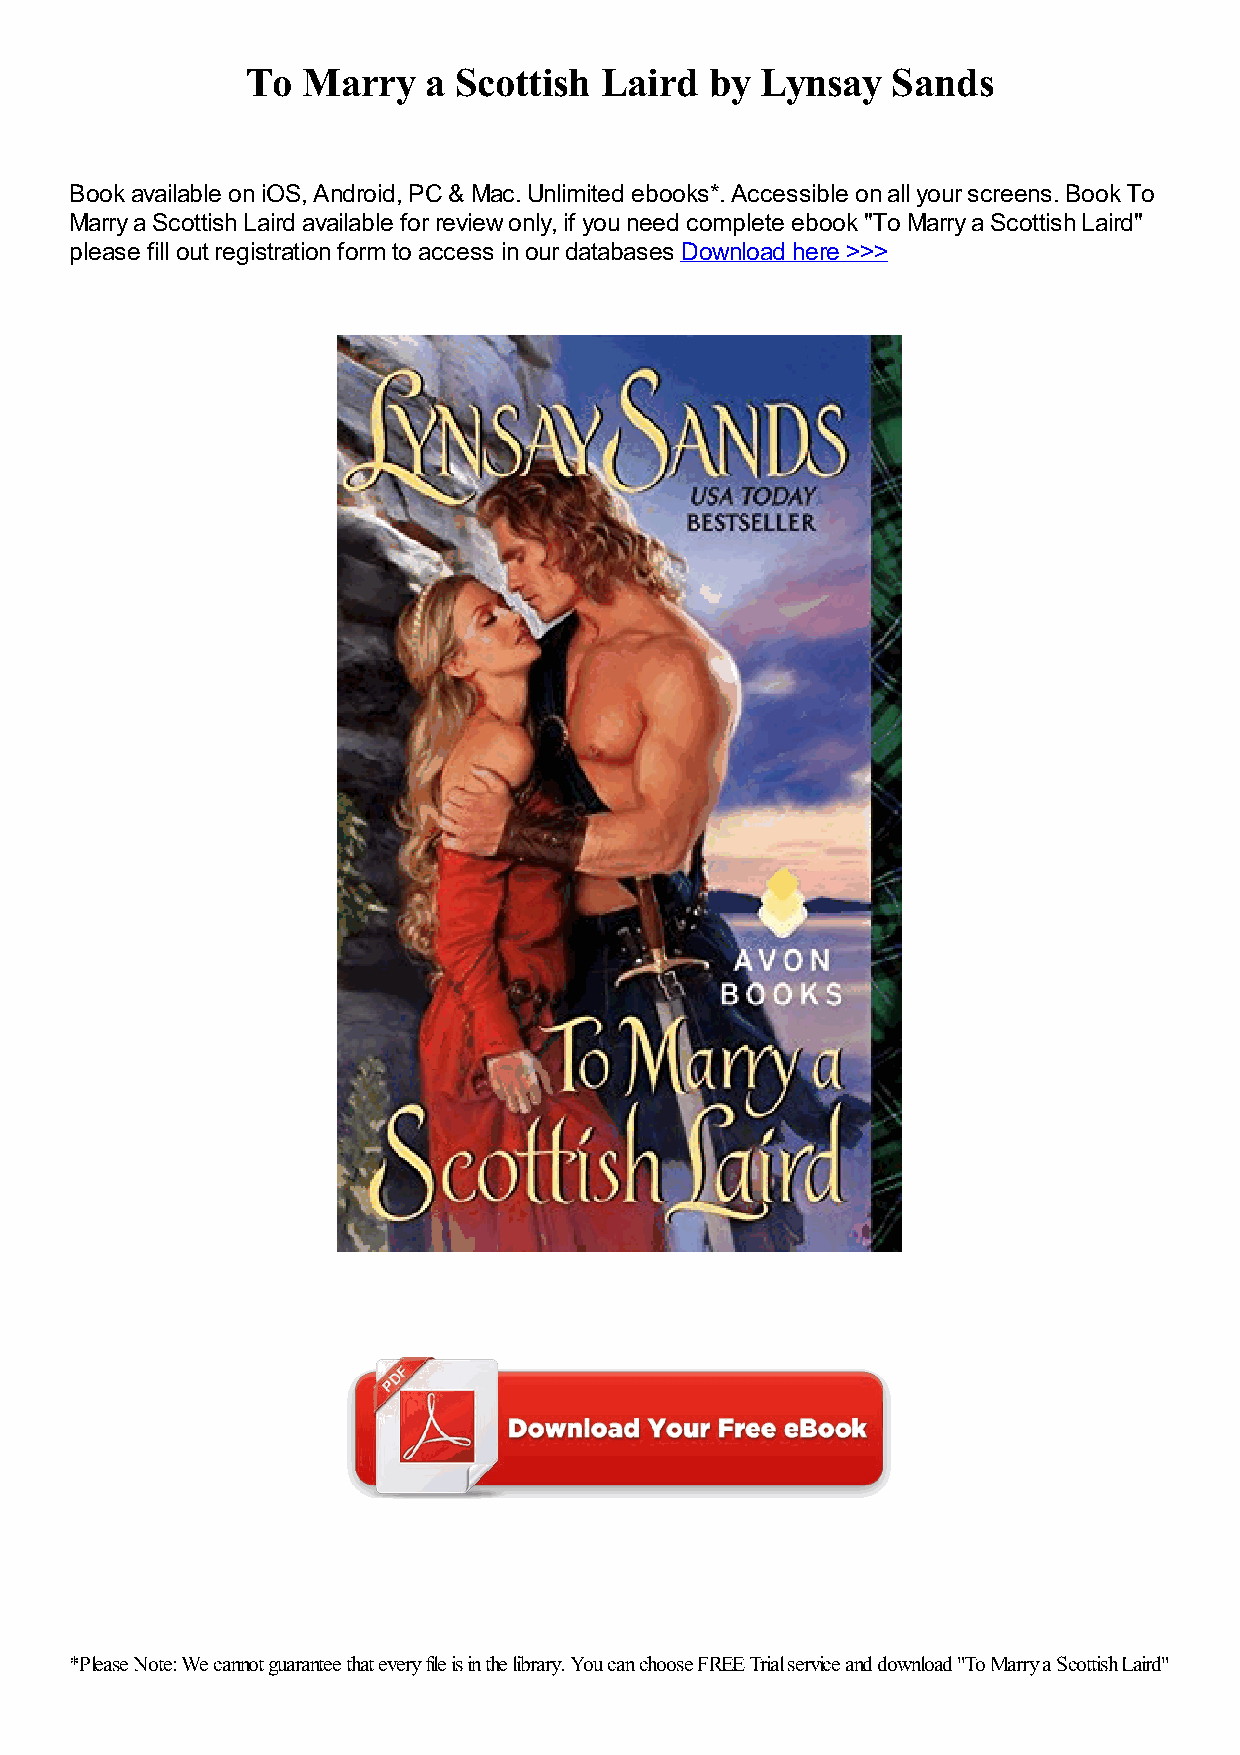
To  Marry   a Scottish  Laird  by Lynsay   Sands
 Book available on iOS, Android, PC & Mac. Unlimited ebooks*. Accessible on all your screens. Book To
 Marry a Scottish Laird available for review only, if you need complete ebook "To Marry a Scottish Laird"
 please fill out registration form to access in our databases Download here >>>
 *Please Note: We cannot guarantee that every file is in the library. You can choose FREE Trial service and download "To Marry a Scottish Laird"